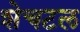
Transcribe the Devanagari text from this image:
शेचटल